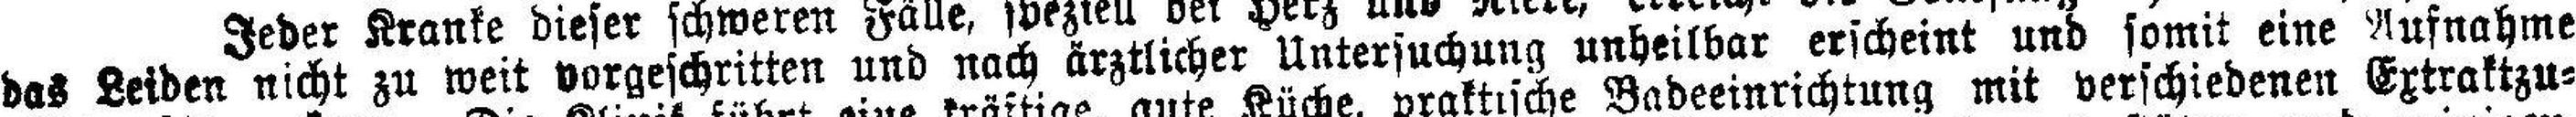
das Leiden nicht zu weit vorgeschritten und nach ärztlicher Untersuchung unheilbar erscheint und somit eine Aufnahme